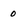
Character: 0